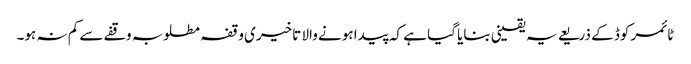
ٹائمر کوڈ کے ذریعے یہ یقینی بنایا گیا ہے کہ پیدا ہونے والا تاخیری وقفہ مطلوبہ وقفے سے کم نہ ہو۔